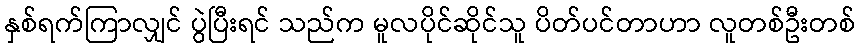
နှစ်ရက်ကြာလျှင် ပွဲပြီးရင် သည်က မူလပိုင်ဆိုင်သူ ပိတ်ပင်တာဟာ လူတစ်ဦးတစ်